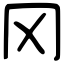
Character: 冈